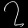
Digit: ၇